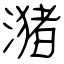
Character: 潴